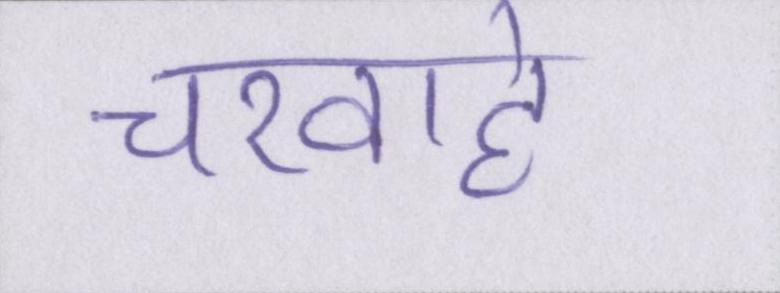
चरवाहे